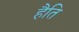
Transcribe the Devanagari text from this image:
हैति